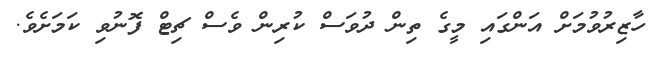
ހާޒިރުވުމަށް އަންގައި މީގެ ތިން ދުވަސް ކުރިން ވެެސް ޗިޓް ފޮނުވި ކަމަށެވެ.